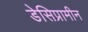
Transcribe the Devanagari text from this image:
डेसिप्रामीन